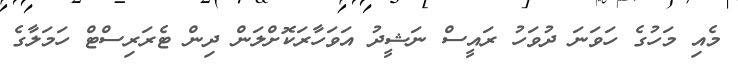
މެއި މަހުގެ ހަވަނަ ދުވަހު ރައީސް ނަޝީދު އަވަހާރަކޮށްލަން ދިން ޓެރަރިސްޓް ހަމަލާގެ